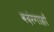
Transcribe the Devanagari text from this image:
बदंरगाहों